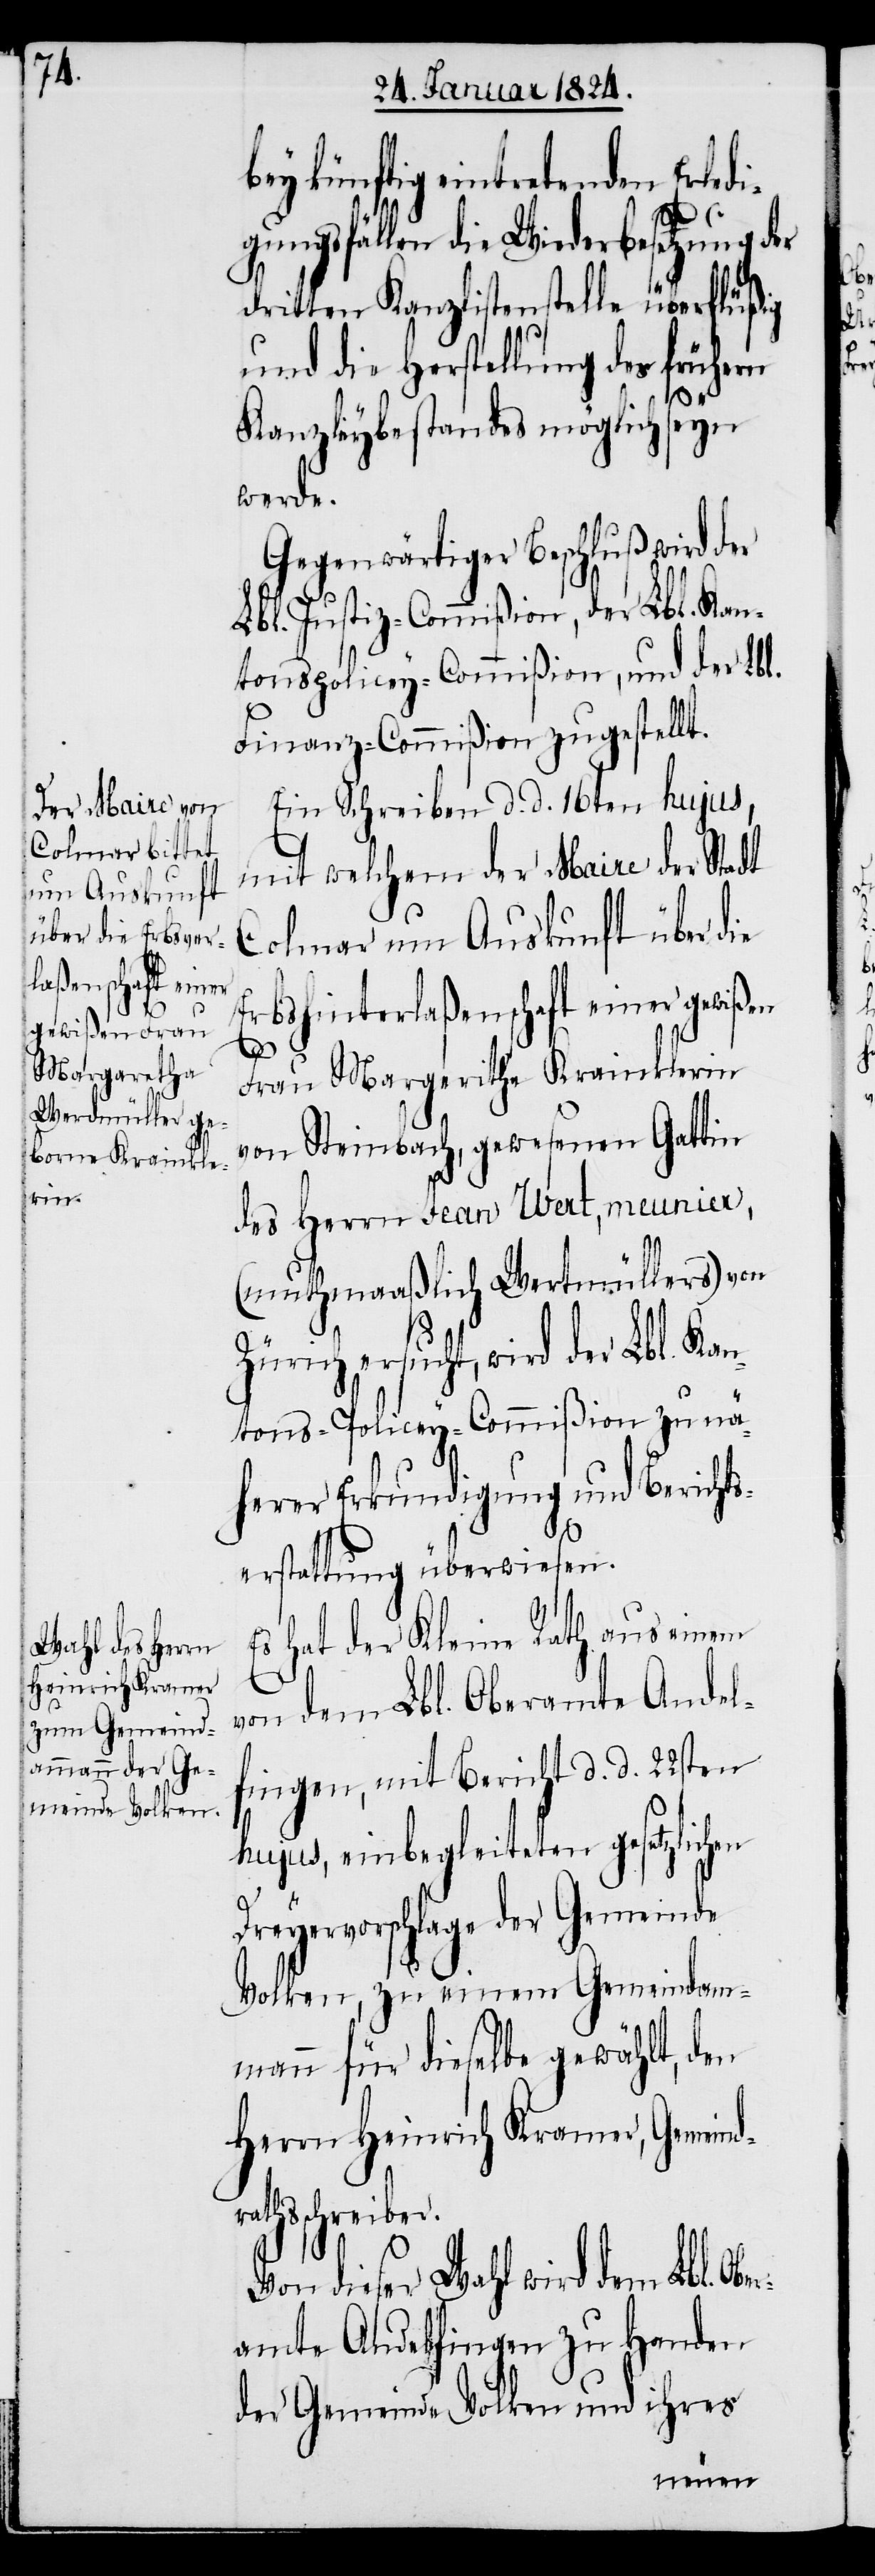
künftig eintretenden Erled¬
igungsfällen die Wiederbesetzung der
dritten Kanzlistenstelle überflüßig
und die Herstellung des frühern
Kanzleybestandes möglich seyn
werde.
Gegenwärtiger Beschluß wird der
Lbl. Justiz-Commißion, der Lbl. Kan¬
tonspolicey-Commißion, und der Lbl.
Finanz-Commißion zugestellt.
Ein Schreiben d. d. 16ten hujus,
mit welchem der Maire der Stadt
Colmar um Auskunft über die
Erbshinterlaßenschaft einer gewißen
er¬
Frau Margeritha Krainklerin
von Steinbach, gewesene Gattin
des Herrn Jean Wert, meunier,
(muthmaaßlich Wertmüllers) von
Zürich ersucht, wird der Lbl. Kan¬
tons-Policey-Commißion zu nä¬
herer Erkundigung und Berichts¬
erstattung überwiesen.
Es hat der Kleine Rath aus einem
von dem Lbl. Oberamte Andel¬
fingen, mit Bericht d. d. 22sten
hujus, einbegleiteten gesetzlichen
Dreyervorschlage der Gemeinda¬
mmann für dieselbe gewählt, den
Herrn Heinrich Kramer, Gemeind¬
rathschreiber.
Von dieser Wahl wird dem Lbl. Ob¬
amte Andelfingen zu Handen
der Gemeinde Volken und ihres